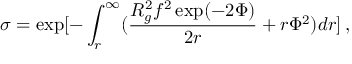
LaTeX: \sigma = \exp [ - \int _ { r } ^ { \infty } ( \frac { R _ { g } ^ { 2 } f ^ { 2 } \exp ( - 2 \Phi ) } { 2 r } + r \Phi ^ { 2 } ) d r ] \, ,